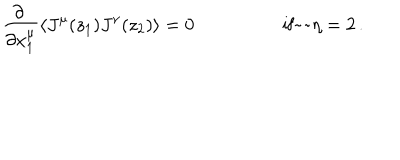
\begin{array} { c c } { { \displaystyle { \frac { \partial ~ } { \partial x _ { 1 } ^ { \mu } } } \langle J ^ { \mu } ( z _ { 1 } ) J ^ { \nu } ( z _ { 2 } ) \rangle = 0 } } & { { \mathrm { i f ~ ~ } \eta = 2 \, . } } \\ \end{array}